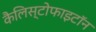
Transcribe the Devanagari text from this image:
कैलिस्टोफाइटॉन